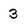
Character: 3